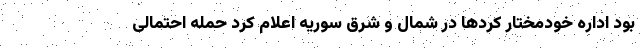
بود اداره خودمختار کردها در شمال و شرق سوریه اعلام کرد حمله احتمالی